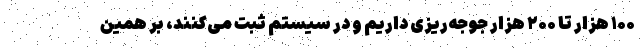
۱۰۰ هزار تا ۲۰۰ هزار جوجه‌ریزی داریم و در سیستم ثبت می‌کنند، بر همین